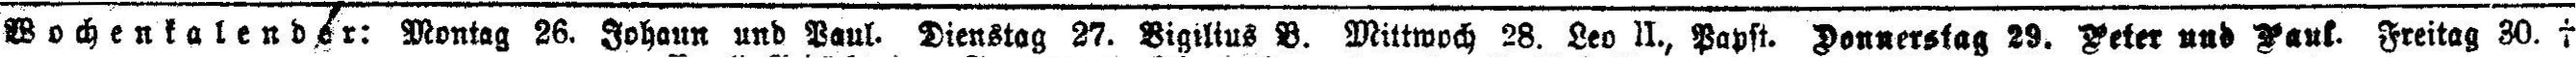
Wochenkalender: Montag 26. Johann und Paul. Dienstag 27. Bigiltus B. Mittwoch 28. Leo II., Papst. Donnerstag 29. Peter und Paul. Freitag 30. †